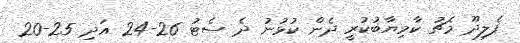
ފެލިދޫ މެޗު ކާމިޔާބުކުރީ ދެން ކުޅުނު ދެ ސެޓު 26-24 އަދި 25-20